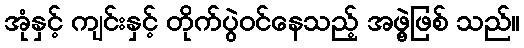
အုံနှင့် ကျင်းနှင့် တိုက်ပွဲဝင်နေသည့် အဖွဲ့ဖြစ် သည်။